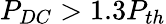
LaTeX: P_{DC}>1.3P_{th}